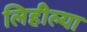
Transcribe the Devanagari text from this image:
लिहील्या